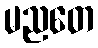
မညတေ